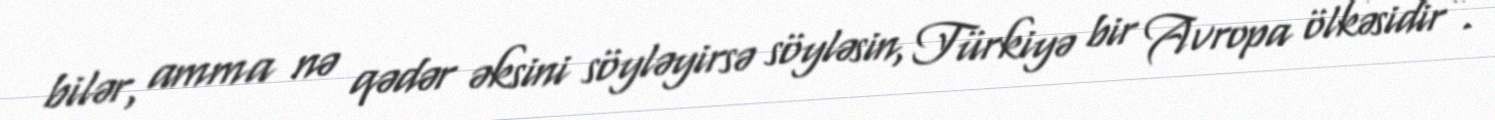
bilər, amma nə qədər əksini söyləyirsə söyləsin, Türkiyə bir Avropa ölkəsidir”.